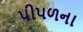
પીપળના